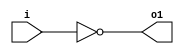
module invert(input wire i, output wire o1);
	assign o1 = !i;
endmodule

module and2(input wire i0, i1, output wire o2);
	assign o2 = i0 & i1;
endmodule

module or2(input wire i0, i1, output wire o3);
	assign o3 = i0 | i1;
endmodule

module xor2(input wire i0, i1, output wire o4);
	assign o4 = i0 ^ i1;
endmodule

module nand2(input wire i0, i1, output wire o5);
	wire t;
	and2 and2_0 (i0, i1, t);
	invert invert_0 (t, o5);
endmodule

//Module full adder.
module fulladd(input wire a, b, cin, output wire sum, cout);
wire [4:0] t;
    xor2 x0(a, b, t[0]);
    xor2 x1(t[0], cin, sum);

    and2 a0(a, b, t[1]);
    and2 a1(a, cin, t[2]);
    and2 a2(b, cin, t[3]);

    or2 o0(t[1], t[2], t[4]);
    or2 o1(t[3], t[4], cout);
endmodule